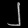
Digit: ၂